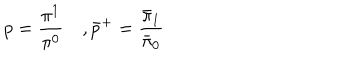
p = \frac { \pi ^ { 1 } } { \pi ^ { 0 } } \quad , { \bar { p } } ^ { + } = \frac { \bar { \pi } _ { 1 } } { { \bar { \pi } } _ { 0 } }